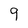
Character: 9